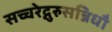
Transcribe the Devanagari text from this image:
सच्चरेद्गुरुसन्निधौ